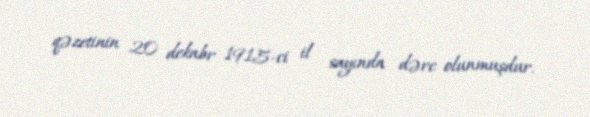
qəzetinin 20 dekabr 1915-ci il sayında dərc olunmuşdur.